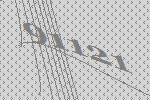
91121